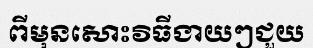
ពីមុនសោះវិធីងាយៗជួយ